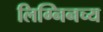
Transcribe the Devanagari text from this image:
लिग्निनच्य